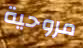
مروحية